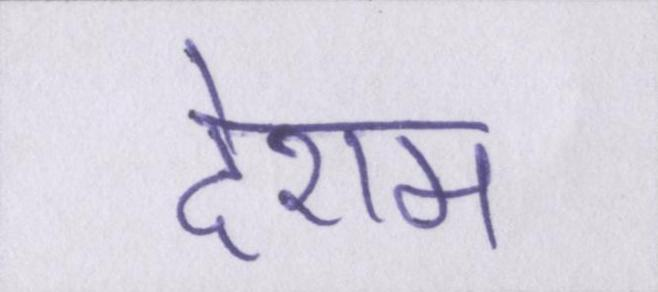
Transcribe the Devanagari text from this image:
देशम